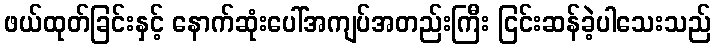
ဖယ်ထုတ်ခြင်းနှင့် နောက်ဆုံးပေါ်အကျပ်အတည်းကြီး ငြင်းဆန်ခဲ့ပါသေးသည်